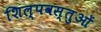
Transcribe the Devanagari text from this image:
शिल्पवस्तुओं